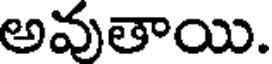
అవుతాయి.